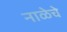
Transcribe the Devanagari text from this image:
नाळेचे